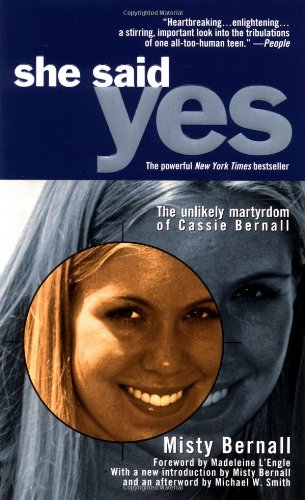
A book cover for She Said Yes: The Unlikely Martyrdom of Cassie Bernall; Misty Bernall; Biographies & Memoirs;